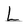
Character: L